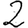
Digit: 2